画像に写った文字を読んでください
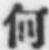
「何」と書いてあります